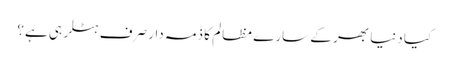
کیا دنیا بھر کے سارے مظالم کا ذمہ دار صرف ہٹلر ہی ہے؟